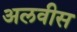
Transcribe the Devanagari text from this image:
अलवीस